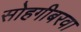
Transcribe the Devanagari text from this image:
सोहगीबरवा